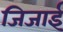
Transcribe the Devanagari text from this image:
जिजाई